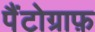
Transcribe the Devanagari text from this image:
पैंटोग्राफ़